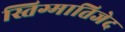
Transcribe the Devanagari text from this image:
स्तिग्मातिजेद